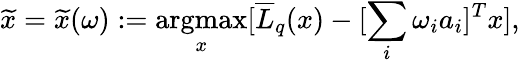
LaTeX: \widetilde{x}=\widetilde{x}(\omega):=\mathop{\mathrm{argmax}}_{x}[\overline{{L}}_{q}(x)-[\sum_{i}\omega_{i}a_{i}]^{T}x],